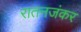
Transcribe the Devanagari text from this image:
रातनजंकर